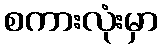
စကားလုံးမှာ